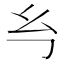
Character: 𭙈